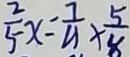
\frac { 2 } { 5 } x = \frac { 7 } { 4 } \times \frac { 5 } { 8 }